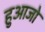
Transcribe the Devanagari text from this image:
हुआजो